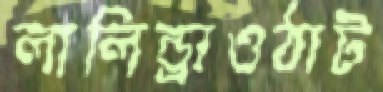
লালিন্ড্রাওঠাট